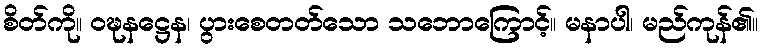
စိတ်ကို။ ဝဍ္ဎနဋ္ဌေန၊ ပွားစေတတ်သော သဘောကြောင့်။ မနာပါ၊ မည်ကုန်၏။